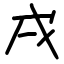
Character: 戌